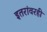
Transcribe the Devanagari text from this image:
इतरांवरही